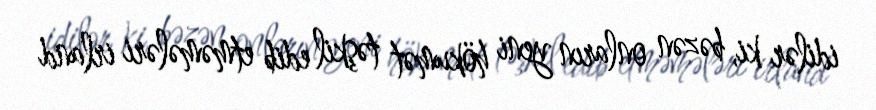
idilər ki, bəzən onların yeni hökumət təşkil edib etməmələri irland